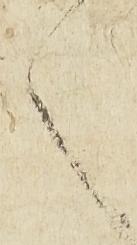
之